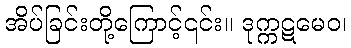
အိပ်ခြင်းတို့ကြောင့်၎င်း။ ဒုက္ကဋမေဝ၊